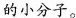
的小分子。